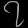
Digit: ၇